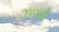
ઝાતથી